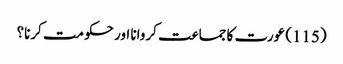
(115) عورت کا جماعت کروانا اور حکومت کرنا؟